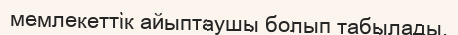
мемлекеттік айыптаушы болып табылады.